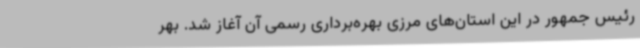
رئیس جمهور در این استان‌های مرزی بهره‌برداری رسمی آن آغاز شد. بهر